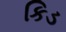
કિડ